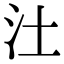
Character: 汢